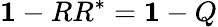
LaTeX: {\mathbf 1}-RR^{*}={\mathbf 1}-Q